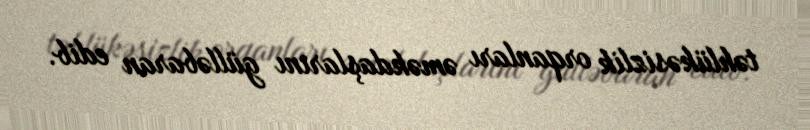
təhlükəsizlik orqanları əməkdaşlarını gülləbaran edib.